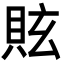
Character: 䝮